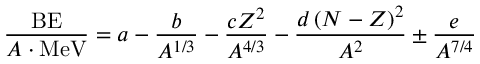
{ \frac { \mathrm { B E } } { A \cdot { \mathrm { M e V } } } } = a - { \frac { b } { A ^ { 1 / 3 } } } - { \frac { c Z ^ { 2 } } { A ^ { 4 / 3 } } } - { \frac { d \left( N - Z \right) ^ { 2 } } { A ^ { 2 } } } \pm { \frac { e } { A ^ { 7 / 4 } } }